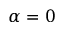
\alpha = 0